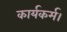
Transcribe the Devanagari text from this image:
कार्यकर्म।